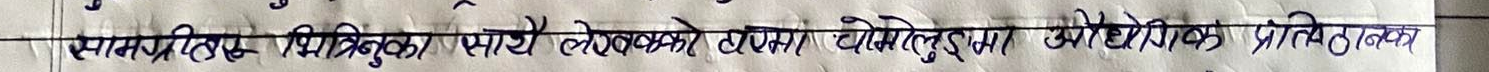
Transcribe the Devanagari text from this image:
सामग्रिहरूलिका साथै लेखलेको पामा (पारेलुइरामा) औद्योगिक प्रतिबन्धन